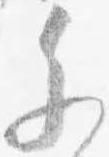
参